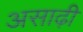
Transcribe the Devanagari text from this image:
असाढ़ी